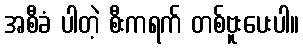
အစီခံ ပါတဲ့ စီးကရက် တစ်ဗူးပေးပါ။